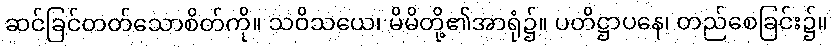
ဆင်ခြင်တတ်သောစိတ်ကို။ သဝိသယေ၊ မိမိတို့၏အာရုံ၌။ ပတိဋ္ဌာပနေ၊ တည်စေခြင်း၌။